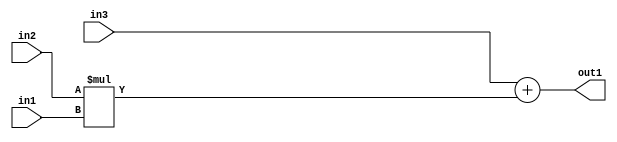
`timescale 1ps / 1ps
/*****************************************************************************
    Verilog RTL Description
    
    
    Created by: Stratus DpOpt 2019.1.01 
*******************************************************************************/

module st_feature_addr_gen_Add2Mul2u8u16u16_4_2 (
	in3,
	in2,
	in1,
	out1
	); /* architecture "behavioural" */ 
input [15:0] in3,
	in2;
input [7:0] in1;
output [15:0] out1;
wire [15:0] asc001;

wire [15:0] asc001_tmp_0;
assign asc001_tmp_0 = 
	+(in3);
assign asc001 = asc001_tmp_0
	+(in2 * in1);

assign out1 = asc001;
endmodule

/* CADENCE  uLHwTAg= : u9/ySgnWtBlWxVPRXgAZ4Og= ** DO NOT EDIT THIS LINE ******/